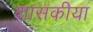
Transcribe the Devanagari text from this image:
शासकीया